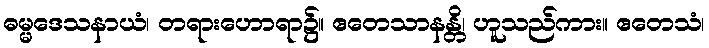
ဓမ္မဒေသနာယံ၊ တရားဟောရာ၌။ ဧတေသာနန္တိ၊ ဟူသည်ကား။ ဧတေသံ၊